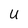
Character: U